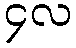
၄လ